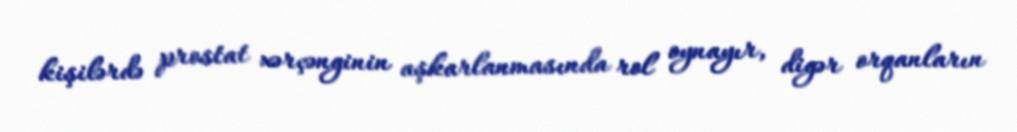
kişilərdə prostat xərçənginin aşkarlanmasında rol oynayır, digər orqanların